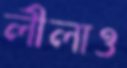
লীলাও